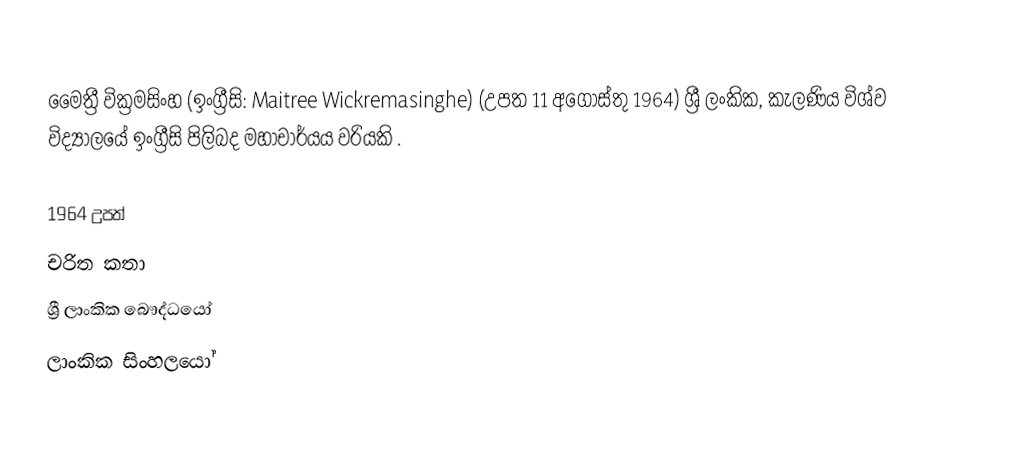
මෛත්‍රී වික්‍රමසිංහ (ඉංග්‍රීසි: Maitree Wickremasinghe) (උපත 11 අගෝස්තු 1964) ශ්‍රී ලංකික, කැලණිය විශ්ව විද්‍යාලයේ ඉංග්‍රීසි පිලිබද මහාචාර්යය වරියකි .

1964 උපත්
චරිත කතා
ශ්‍රී ලාංකික බෞද්ධයෝ
ලාංකික සිංහලයෝ